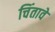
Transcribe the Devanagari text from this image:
चिंतावे